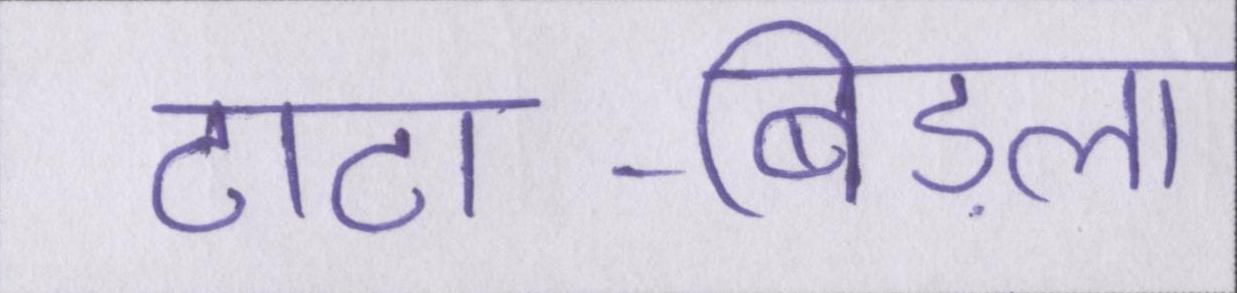
टाटा-बिड़ला